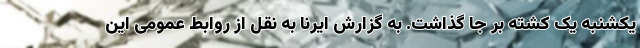
یکشنبه یک کشته بر جا گذاشت. به گزارش ایرنا به نقل از روابط عمومی این